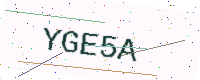
Text: YGE5A